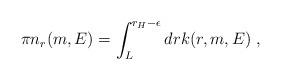
LaTeX: \begin{align*}\pi n_r(m,E) = \int_{L}^{r_H- \epsilon} dr k(r,m,E)~,\end{align*}